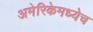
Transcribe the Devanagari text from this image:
अमेरिकेमध्येच